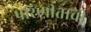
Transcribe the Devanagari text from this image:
परिणीताची